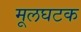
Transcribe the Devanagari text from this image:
मूलघटक